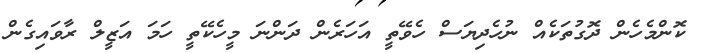
ކޮންމެހެން ދޮގުތަކެއް ނުހެދިޔަސް ހެވޭތީ އަހަރެން ދަންނަ މީހެކޭތީ ހަމަ އަޒީލް ރާވައިގެން